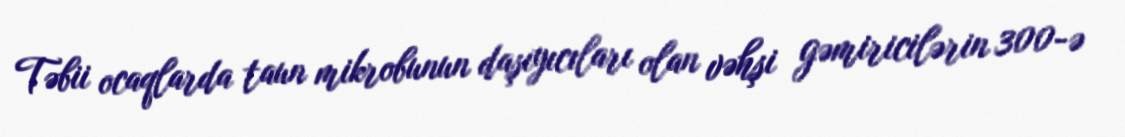
Təbii ocaqlarda taun mikrobunun daşıyıcıları olan vəhşi gəmiricilərin 300-ə